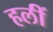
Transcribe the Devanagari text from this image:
हलीं